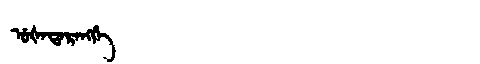
Manchu: ᡠᡧᠠᡨᠠᡵᠠᠩᡤᡝ
Romanization: UŠATARANGGE